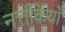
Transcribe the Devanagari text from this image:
नर्त्तकियाँ